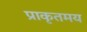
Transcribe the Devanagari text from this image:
प्राकृतमय